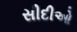
સીદીઓ